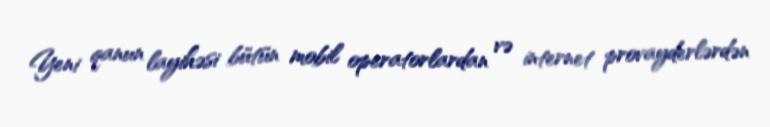
Yeni qanun layihəsi bütün mobil operatorlardan və internet provayderlərdən